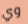
وي